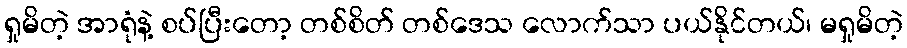
ရှုမိတဲ့ အာရုံနဲ့ စပ်ပြီးတော့ တစ်စိတ် တစ်ဒေသ လောက်သာ ပယ်နိုင်တယ်၊ မရှုမိတဲ့